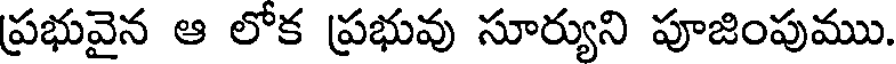
ప్రభువైన ఆ లోక ప్రభువు సూర్యుని పూజింపుము.